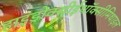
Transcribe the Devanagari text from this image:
हाइड्रोक्सीईथॉक्सीमिथाइल